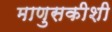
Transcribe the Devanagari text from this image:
माणुसकीशी